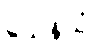
သေနိယံ